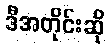
ဒီအတိုင်းဆို